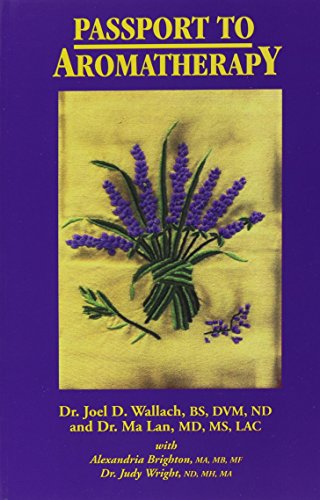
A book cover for Passport to Aromatherapy; Joel D. Wallach; Health, Fitness & Dieting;